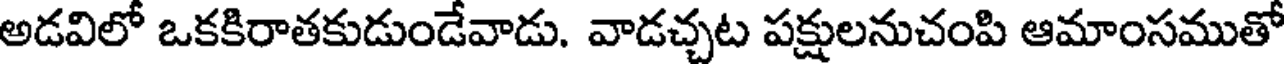
అడవిలో ఒకకిరాతకుడుండేవాడు. వాడచ్చట పక్షులనుచంపి ఆమాంసముతో